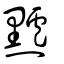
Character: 黸